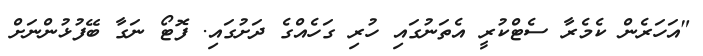
"އަހަރެން ކެމެރާ ސެޓްކުރީ އެތަނުގައި ހުރި ގަހެއްގެ ދަށުގައި. ފޮޓޯ ނަގާ ބޭފުޅުންނަށް